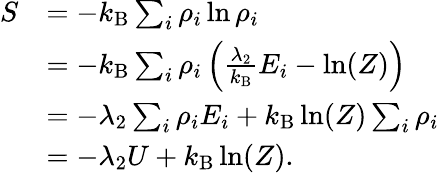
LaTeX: {\begin{array}{rl}{S}&{=-k_{\mathrm{B}}\sum_{i}\rho_{i}\ln\rho_{i}}\\ &{=-k_{\mathrm{B}}\sum_{i}\rho_{i}\left({\frac{\lambda_{2}}{k_{\mathrm{B}}}}E_{i}-\ln(Z)\right)}\\ &{=-\lambda_{2}\sum_{i}\rho_{i}E_{i}+k_{\mathrm{B}}\ln(Z)\sum_{i}\rho_{i}}\\ &{=-\lambda_{2}U+k_{\mathrm{B}}\ln(Z).}\end{array}}